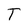
Character: T